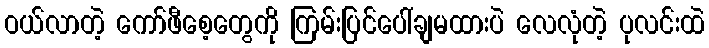
ဝယ်လာတဲ့ ကော်ဖီစေ့တွေကို ကြမ်းပြင်ပေါ်ချမထားပဲ လေလုံတဲ့ ပုလင်းထဲ